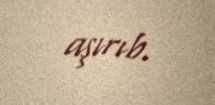
aşırıb.